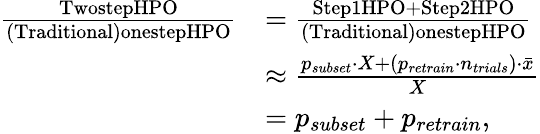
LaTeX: \begin{array}{rl}{\frac{\textup{TwostepHPO}}{\textup{(Traditional)onestepHPO}}}&{=\frac{\textup{Step1HPO+Step2HPO}}{\textup{(Traditional)onestepHPO}}}\\ &{\approx\frac{p_{subset}\cdot X+(p_{retrain}\cdot n_{trials})\cdot\bar{x}}{X}}\\ &{=p_{subset}+p_{retrain},}\end{array}